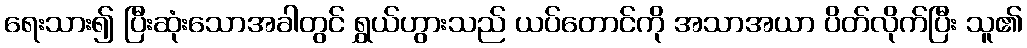
ရေးသား၍ ပြီးဆုံးသောအခါတွင် ရွှယ်ဟွားသည် ယပ်တောင်ကို အသာအယာ ပိတ်လိုက်ပြီး သူ၏